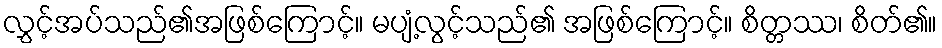
လွှင့်အပ်သည်၏အဖြစ်ကြောင့်။ မပျံ့လွင့်သည်၏ အဖြစ်ကြောင့်။ စိတ္တဿ၊ စိတ်၏။